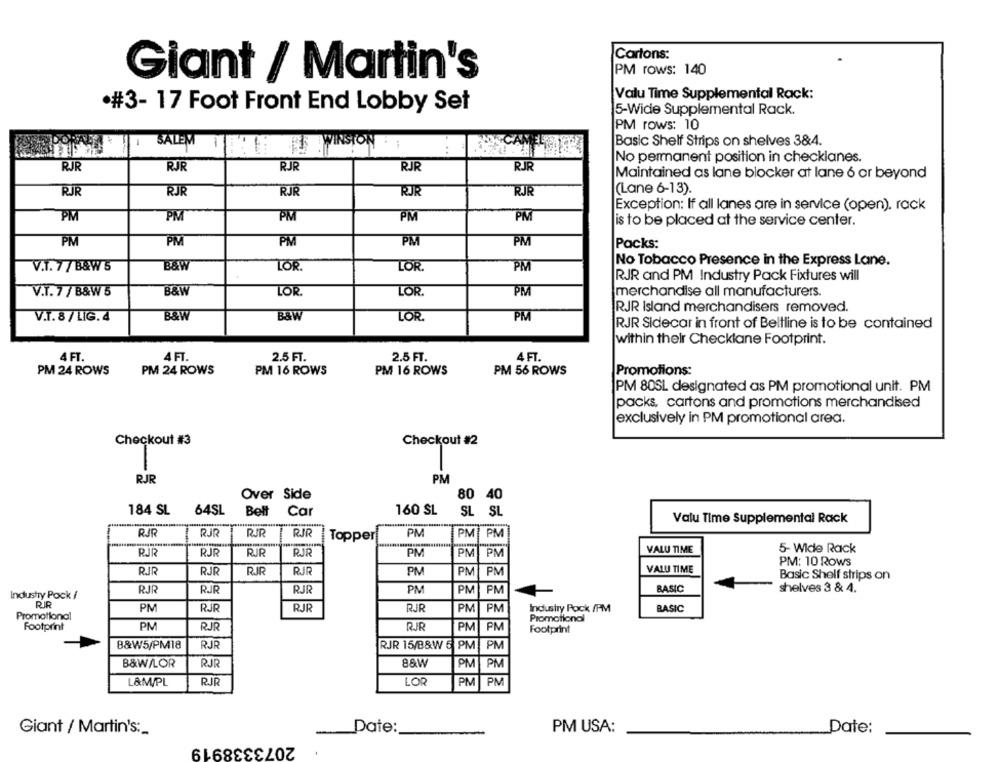
Cartons:
Giant / Martin's
PM rows: 140
Valu Time Supplemental Rack:
·#3- 17 Foot Front End Lobby Set
5-Wide Supplemental Rack.
PM rows: 10
SALEM
Basic Shelf Strips on shelves 3&4.
..
No permanent position in checklanes.
RJR
RJR
RJR
RJR
RJR
Maintained as lane blocker at lane 6 or beyond
(Lane 6-13).
RJ
RJF
RJR
RUR
Exception: If all lanes are in service (open). rack
PM
PM
PM
PM
PM
is to be placed at the service center.
PM
PM
PM
PM
PM
Packs:
V.T. 7 / B&W 5
B&W
LOR.
LOR
No Tobacco Presence in the Express Lane.
PM
RJR and PM Industry Pack Fixtures will
V.T. 7 / B&W 5
B&W
LOR.
LOR.
PM
merchandise all manufacturers.
RJR Island merchandisers removed.
V.T. 8/ LIG.4
B&W
B&W
LOR.
PM
RJR Sidecar in front of Beltline is to be contained
within their Checklane Footprint.
4 FT.
4 FT.
2.5 FT.
2.5 FT.
4 FT.
PM 24 ROWS
PM 24 ROWS
PM 16 ROWS
PM 16 ROWS
PM 56 ROWS
Promotions:
PM 80SL designated as PM promotional unit. PM
packs, cartons and promotions merchandised
exclusively in PM promotional area.
Checkout #3
Checkout #2
RJR
PM
Over Side
80 40
184 SL
160 SL
64SL
Bell Car
Bell
Car
SL SL
Valu Time Supplemental Rack
RIR
1 RJR
RIR
1 RJR
PM
Topperi
PM
VALU TIME
5- Wide Rack
RJR
RJR
RIR
RJR
PM
PM
PM
PM: 10 Rows
RJR
RJR
RIR
RJR
PM
PM PM
VALU TIME
Basic Shelf strips on
Industry Pack /
RJR
RJR
RJR
PM
PM
PM
BASIC
shelves 3 & 4.
RIR
PM
RJR
RJR
RJR
PM
PM
Industry Pock /PM
BASIC
Promotional
Promotional
Footprint
PM
RJR
RJR
PM
PM
Footprint
B&W5/PM18
RJR
RJR 15/B&W 5 PM
PM
B&W/LOR
RJR
88W
PM
PM
L&M/PL
RJR
LOR
PM
PM
Giant / Martin's :_
Date:
PM USA:
Date:
2073338919